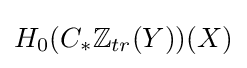
H_{0}(C_{*}\mathbb {Z} _{tr}(Y))(X)